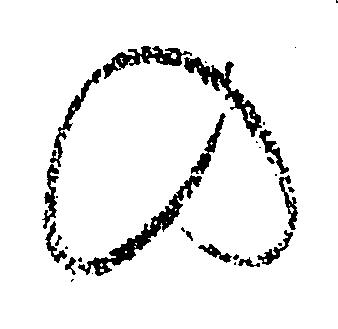
の